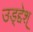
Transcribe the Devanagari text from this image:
उड्द्देश्